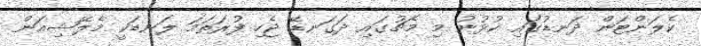
ކެލަންޓަން ދަނޑުގައި ކުޅުނު މި މެޗުގައި ދަގަނޑޭ ޖެހި ފުރަތަމަ ލަނޑަކީ މެލޭޝިއަން